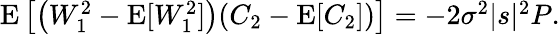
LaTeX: \begin{array}{r}{\operatorname{E}\left[\bigl(W_{1}^{2}-\operatorname{E}[W_{1}^{2}]\bigr)(C_{2}-\operatorname{E}[C_{2}])\right]=-2\sigma^{2}|s|^{2}P.}\end{array}